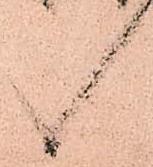
候